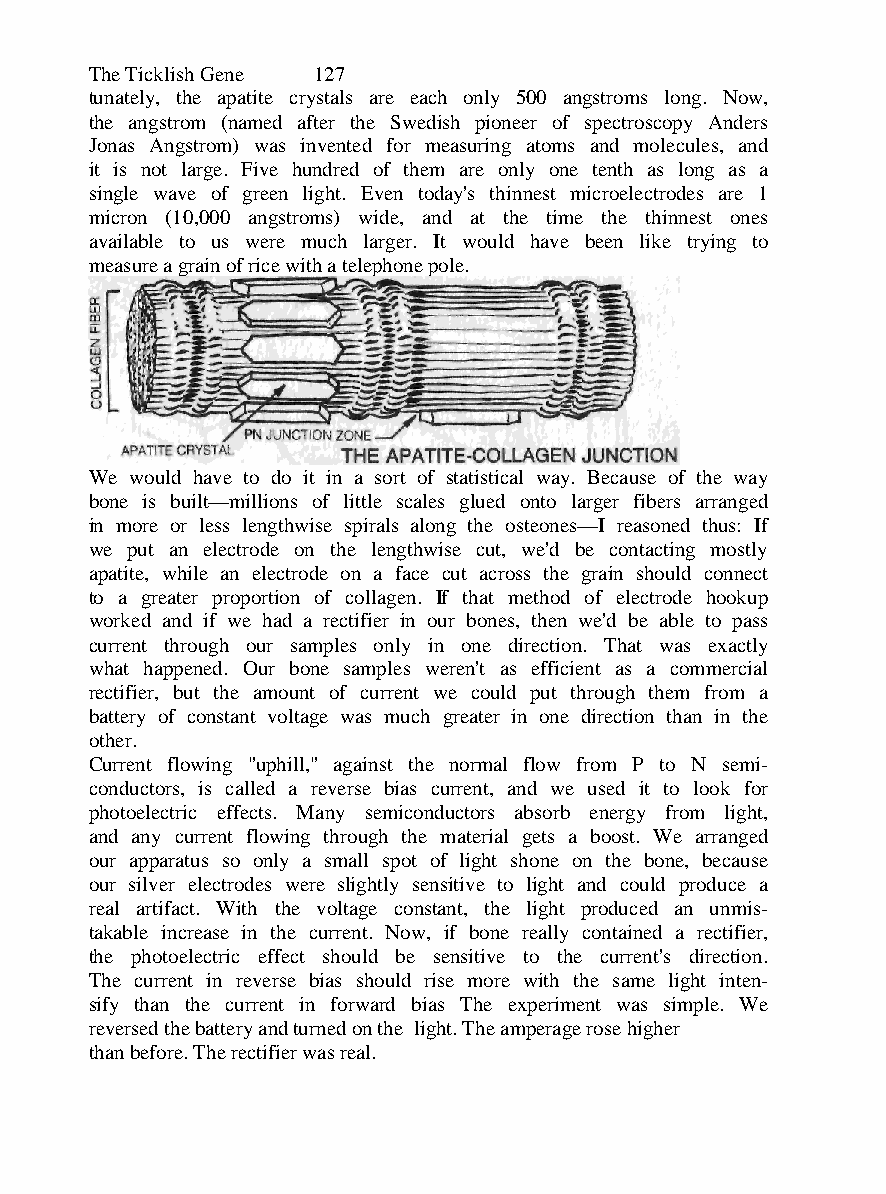
The Ticklish Gene 127
 tunately, the apatite crystals are each only 500 angstroms long. Now,
 the angstrom (named after the Swedish pioneer of spectroscopy Anders
 Jonas Angstrom) was invented for measuring atoms and molecules, and
 it is not large. Five hundred of them are only one tenth as long as a
 single wave of green light. Even today's thinnest microelectrodes are 1
 micron (10,000 angstroms) wide, and at the time the thinnest ones
 available to us were much larger. It would have been like trying to
 measure a grain of rice with a telephone pole.
 We would have to do it in a sort of statistical way. Because of the way
 bone is built—millions of little scales glued onto larger fibers arranged
 in more or less lengthwise spirals along the osteones—I reasoned thus: If
 we put an electrode on the lengthwise cut, we'd be contacting mostly
 apatite, while an electrode on a face cut across the grain should connect
 to a greater proportion of collagen. If that method of electrode hookup
 worked and if we had a rectifier in our bones, then we'd be able to pass
 current through our samples only in one direction. That was exactly
 what happened. Our bone samples weren't as efficient as a commercial
 rectifier, but the amount of current we could put through them from a
 battery of constant voltage was much greater in one direction than in the
 other.
 Current flowing "uphill," against the normal flow from P to N semi-
 conductors, is called a reverse bias current, and we used it to look for
 photoelectric effects. Many semiconductors absorb energy from light,
 and any current flowing through the material gets a boost. We arranged
 our apparatus so only a small spot of light shone on the bone, because
 our silver electrodes were slightly sensitive to light and could produce a
 real artifact. With the voltage constant, the light produced an unmis-
 takable increase in the current. Now, if bone really contained a rectifier,
 the photoelectric effect should be sensitive to the current's direction.
 The current in reverse bias should rise more with the same light inten-
 sify than the current in forward bias The experiment was simple. We
 reversed the battery and turned on the light. The amperage rose higher
 than before. The rectifier was real.